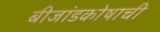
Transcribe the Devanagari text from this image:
बीजांडकोषाची